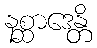
နစ္ဆာဒေန္တိ